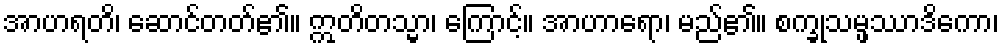
အာဟရတိ၊ ဆောင်တတ်၏။ ဣတိတသ္မာ၊ ကြောင့်။ အာဟာရော၊ မည်၏။ စက္ခုသမ္ဖဿာဒိကော၊